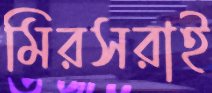
মিরসরাই